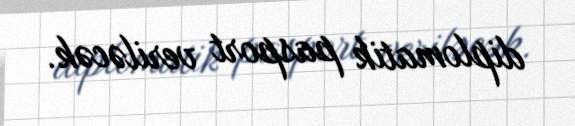
diplomatik pasport veriləcək.